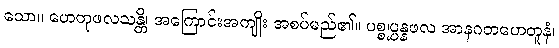
သော။ ဟေတုဖလသန္တိ၊ အကြောင်းအကျိုး အစပ်မည်၏။ ပစ္စုပ္ပန္နဖလ အာနဂတဟေတူနံ၊